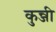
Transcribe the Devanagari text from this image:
कुन्जी